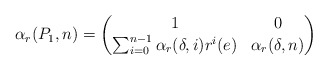
\begin{align*}\alpha_r(P_1,n) = \begin{pmatrix}1 & 0 \\\sum_{i=0}^{n-1} \alpha_r(\delta,i) r^i(e) & \alpha_r(\delta,n)\end{pmatrix}\end{align*}